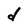
Character: d